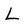
Character: L